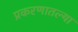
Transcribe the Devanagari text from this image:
प्रकरणातल्या